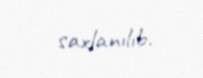
saxlanılıb.